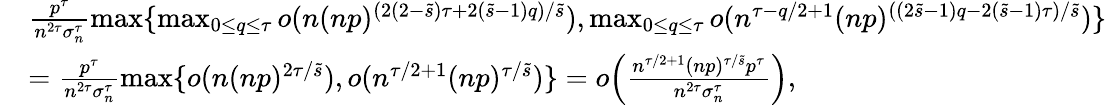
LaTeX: \begin{array}{rl}&{\frac{p^{\tau}}{n^{2\tau}\sigma_{n}^{\tau}}\operatorname*{max}\{ \operatorname*{max}_{0\leq q\leq\tau}o(n(np)^{(2(2-\tilde{s})\tau+2(\tilde{s}-1)q)/\tilde{s}}),\operatorname*{max}_{0\leq q\leq\tau}o(n^{\tau-q/2+1}(np)^{((2\tilde{s}-1)q-2(\tilde{s}-1)\tau)/\tilde{s}})\} }\\ &{=\frac{p^{\tau}}{n^{2\tau}\sigma_{n}^{\tau}}\operatorname*{max}\{ o(n(np)^{2\tau/\tilde{s}}),o(n^{\tau/2+1}(np)^{\tau/\tilde{s}})\} =o\Big(\frac{n^{\tau/2+1}(np)^{\tau/\tilde{s}}p^{\tau}}{n^{2\tau}\sigma_{n}^{\tau}}\Big),}\end{array}